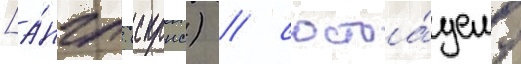
[а́нгл. (скрнс) / состоа́щему